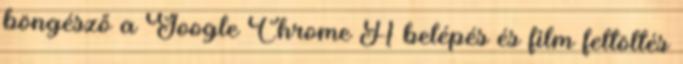
böngésző a Google Chrome A belépés és film feltöltés